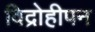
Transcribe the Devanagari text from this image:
विद्रोहीपन